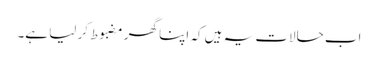
اب حالات یہ ہیں کہ اپنا گھر مضبوط کر لیا ہے۔